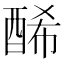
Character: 𨡂